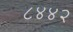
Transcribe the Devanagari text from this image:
८४४२